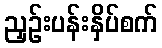
ညှဉ်းပန်းနှိပ်စက်